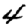
Digit: 4